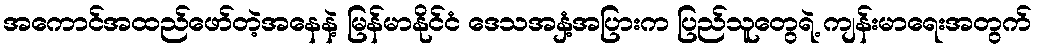
အကောင်အထည်ဖော်တဲ့အနေနဲ့ မြန်မာနိုင်ငံ ဒေသအနှံ့အပြားက ပြည်သူတွေရဲ့ ကျန်းမာရေးအတွက်